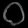
Digit: ၀